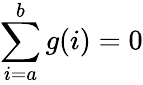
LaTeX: \sum_{i=a}^{b}g(i)=0